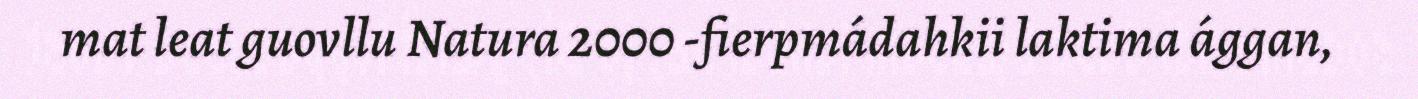
mat leat guovllu Natura 2000 -fierpmádahkii laktima ággan,